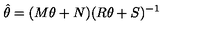
\hat { \theta } = ( M \theta + N ) ( R \theta + S ) ^ { - 1 }